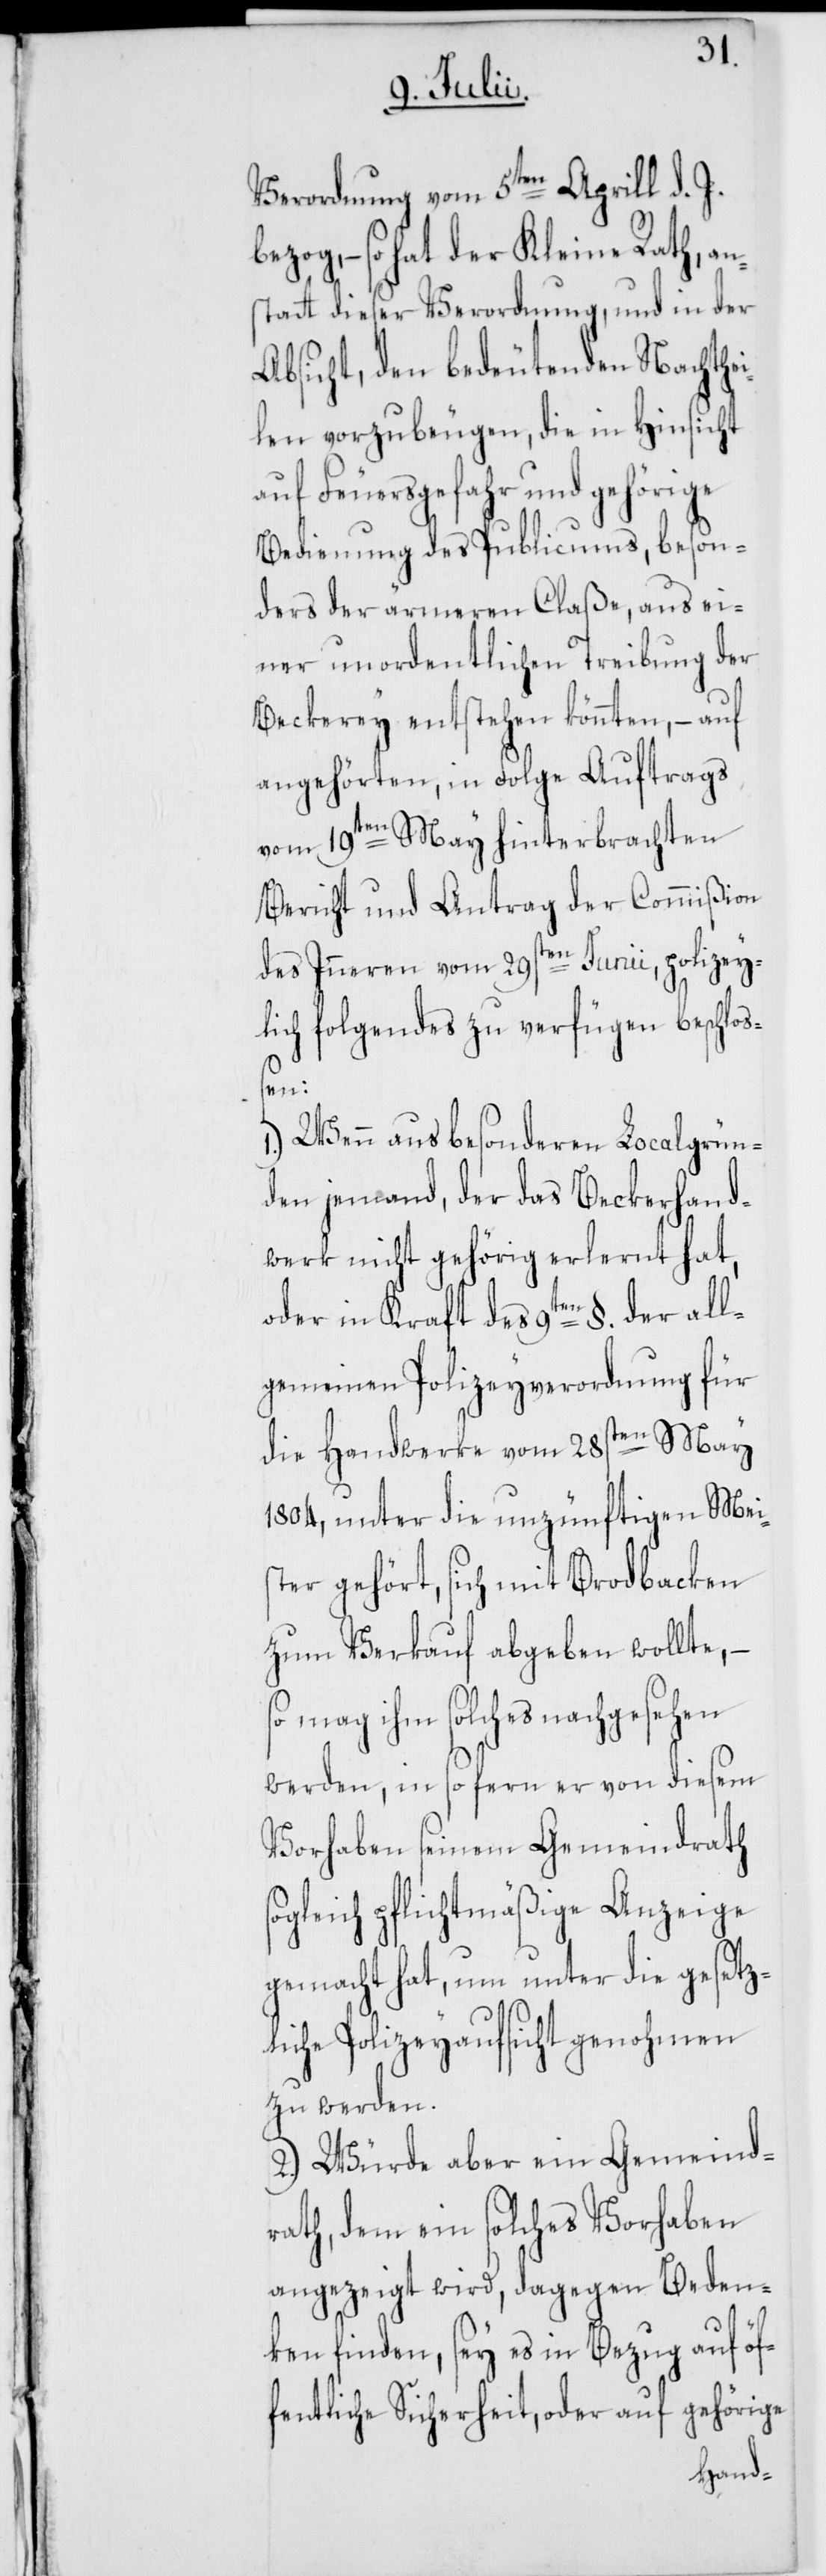
Verordnung vom 5ten Aprill d. J.
– so hat der Kleine Rath, an¬
statt dieser Verordnung, und in der
Absicht, den bedeutenden Nachthei¬
len vorzubeugen, die in Hinsicht
auf Feuersgefahr und gehörige
Bedienung des Publicums, beson¬
ders der ärmeren Claße, aus ei¬
ner unordentlichen Treibung der
Beckerey entstehen könnten, – auf
angehörten, in Folge Auftrags
vom 19ten May hinterbrachten
Bericht und Antrag der Commißion
des Inneren vom 29sten Junii, polizey¬
lich folgendes zu verfügen beschloß¬
so¬
1.) Wenn aus besonderen Localgrün¬
den jemand, der das Beckerhand¬
werk nicht gehörig erlernt hat,
oder in Kraft des 9ten §. der all¬
gemeinen Polizeyverordnung für
die Handwerke vom 28sten May
1804, unter die unzünftigen Mei¬
ster gehört, sich mit Brodbacken
zum Verkauf abgeben wollte,
so mag ihm solches nachgesehen
werden, in so fern er von diesem
Vorhaben seinem Gemeindrath
gleich pflichtmäßige Anzeige
gemacht hat, um unter die gesetz¬
liche Polizeyaufsicht genohmen
zu werden.
2.) Würde aber ein Gemeind¬
rath, dem ein solches Vorhaben
angezeigt wird, dagegen Beden¬
ken finden, sey es in Bezug auf öf¬
fentliche Sicherheit, oder auf gehörige